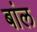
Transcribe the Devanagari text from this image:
बांल